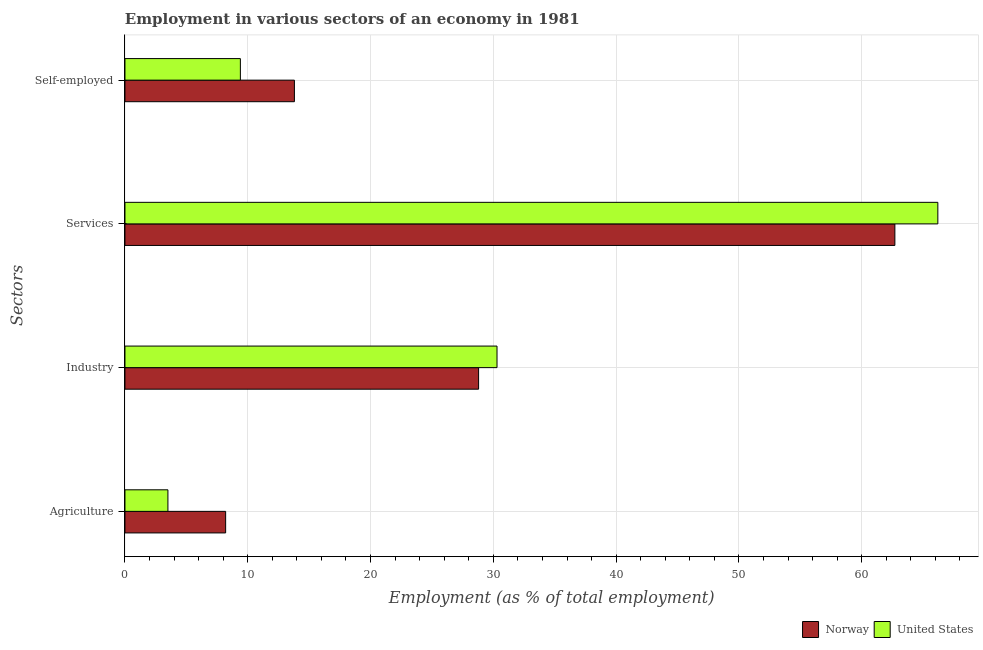
| Sectors | Norway | United States |
 | --- | --- | --- |
 | Agriculture | 8.2 | 3.5 |
 | Industry | 28.8 | 30.3 |
 | Services | 62.7 | 66.2 |
 | Self-employed | 13.8 | 9.4 |